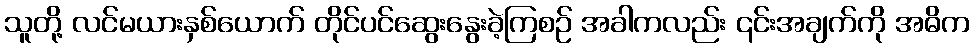
သူတို့ လင်မယားနှစ်ယောက် တိုင်ပင်ဆွေးနွေးခဲ့ကြစဉ် အခါကလည်း ၎င်းအချက်ကို အဓိက